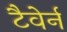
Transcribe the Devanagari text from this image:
टैवेर्न